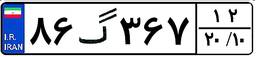
۸۶گ۳۶۷۱۲